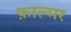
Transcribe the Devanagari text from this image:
फ़ाल्मर